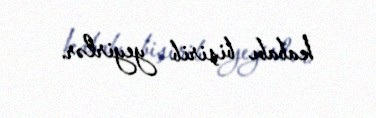
kababı bişirib yeyirlər.